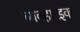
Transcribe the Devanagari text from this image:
व्यवहारइक